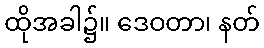
ထိုအခါ၌။ ဒေဝတာ၊ နတ်